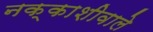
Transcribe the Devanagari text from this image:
नक्काशीवाले